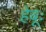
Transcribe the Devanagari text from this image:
हेबूः